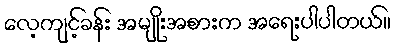
လေ့ကျင့်ခန်း အမျိုးအစားက အရေးပါပါတယ်။